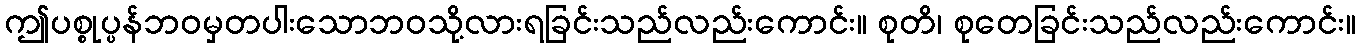
ဤပစ္စုပ္ပန်ဘဝမှတပါးသောဘဝသို့လားရခြင်းသည်လည်းကောင်း။ စုတိ၊ စုတေခြင်းသည်လည်းကောင်း။